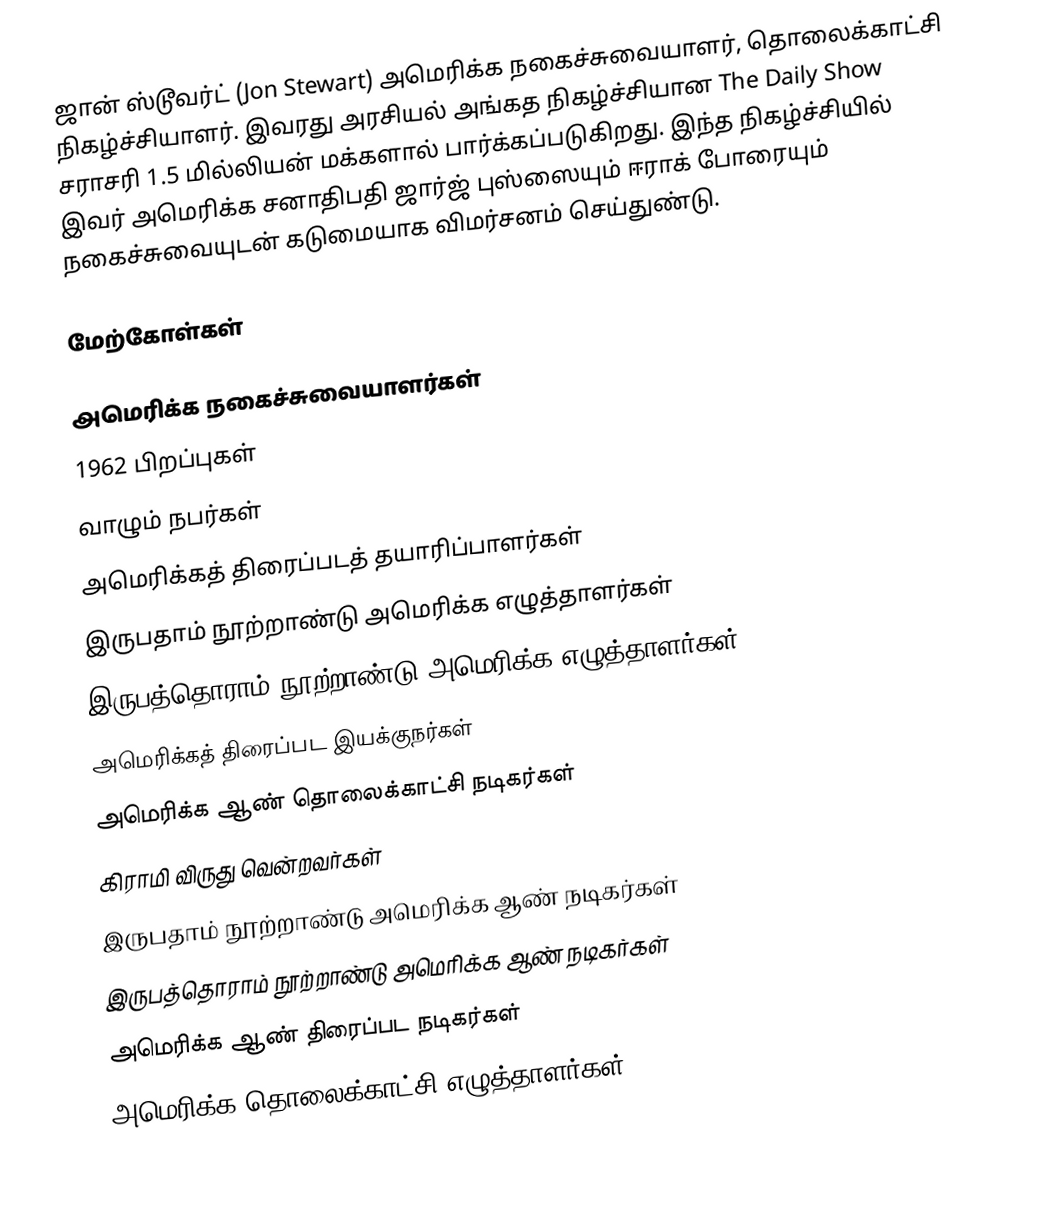
ஜான் ஸ்டூவர்ட் (Jon Stewart) அமெரிக்க நகைச்சுவையாளர், தொலைக்காட்சி நிகழ்ச்சியாளர். இவரது அரசியல் அங்கத நிகழ்ச்சியான The Daily Show சராசரி 1.5 மில்லியன் மக்களால் பார்க்கப்படுகிறது. இந்த நிகழ்ச்சியில் இவர் அமெரிக்க சனாதிபதி ஜார்ஜ் புஸ்ஸையும் ஈராக் போரையும்  நகைச்சுவையுடன் கடுமையாக விமர்சனம் செய்துண்டு.

மேற்கோள்கள்

அமெரிக்க நகைச்சுவையாளர்கள்
1962 பிறப்புகள்
வாழும் நபர்கள்
அமெரிக்கத் திரைப்படத் தயாரிப்பாளர்கள்
இருபதாம் நூற்றாண்டு அமெரிக்க எழுத்தாளர்கள்
இருபத்தொராம் நூற்றாண்டு அமெரிக்க எழுத்தாளர்கள்
அமெரிக்கத் திரைப்பட இயக்குநர்கள்
அமெரிக்க ஆண் தொலைக்காட்சி நடிகர்கள்
கிராமி விருது வென்றவர்கள்
இருபதாம் நூற்றாண்டு அமெரிக்க ஆண் நடிகர்கள்
இருபத்தொராம் நூற்றாண்டு அமெரிக்க ஆண் நடிகர்கள்
அமெரிக்க ஆண் திரைப்பட நடிகர்கள்
அமெரிக்க தொலைக்காட்சி எழுத்தாளர்கள்